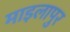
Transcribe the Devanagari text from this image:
माइलापुर